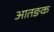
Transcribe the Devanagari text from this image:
आतङक